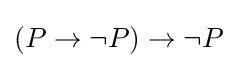
(P\to \neg P)\to \neg P